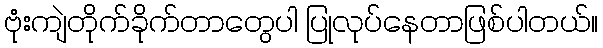
ဗုံးကျဲတိုက်ခိုက်တာတွေပါ ပြုလုပ်နေတာဖြစ်ပါတယ်။